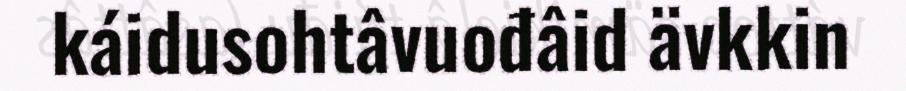
káidusohtâvuođâid ävkkin